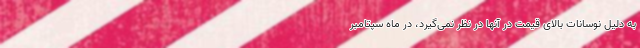
به دلیل نوسانات بالای قیمت در آنها در نظر نمی‌گیرد، در ماه سپتامبر